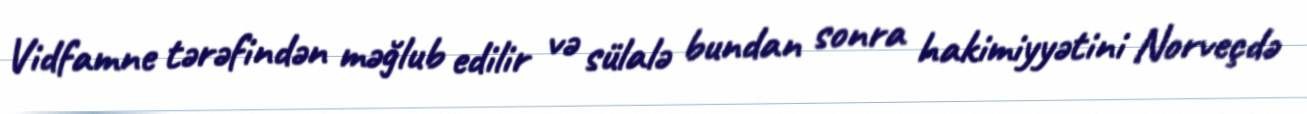
Vidfamne tərəfindən məğlub edilir və sülalə bundan sonra hakimiyyətini Norveçdə